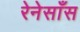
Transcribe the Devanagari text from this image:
रेनेसाँस